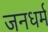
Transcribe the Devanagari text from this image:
जनधर्म